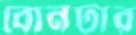
বোনটার